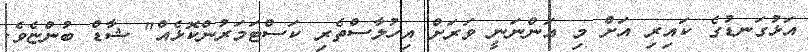
އަޅުގަނޑުގެ ކައިރި އަށް މި އަންނަނީ ވަރަށް އިހުލާސްތެރި ކަސްޓަމަރުންކޮޅެއް" ޝާޑް ބުންޏެވެ.